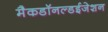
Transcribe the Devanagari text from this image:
मैकडॉनल्डईजेशन